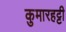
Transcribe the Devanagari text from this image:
कुमारहट्टी